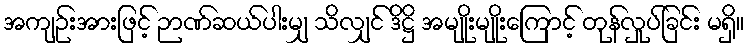
အကျဉ်းအားဖြင့် ဉာဏ်ဆယ်ပါးမျှ သိလျှင် ဒိဋ္ဌိ အမျိုးမျိုးကြောင့် တုန်လှုပ်ခြင်း မရှိ။